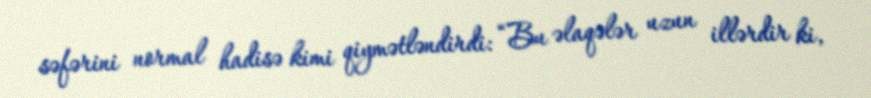
səfərini normal hadisə kimi qiymətləndirdi: “Bu əlaqələr uzun illərdir ki,